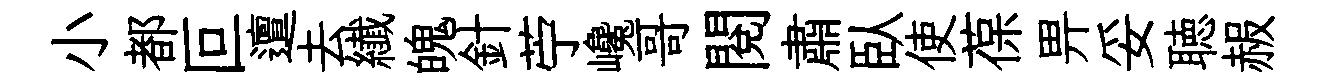
小都叵邅去纎魄針苧巉哥閲肅臥使葆畀妥聴赧